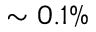
\sim 0 . 1 \%